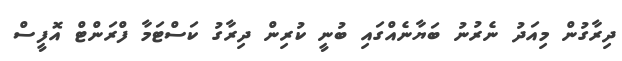
ދިރާގުން މިއަދު ނެރުނު ބަޔާނެއްގައި ބުނީ ކުރިން ދިރާގު ކަސްޓަމާ ފްރަންޓް އޮފީސް